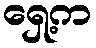
ရှေ့က